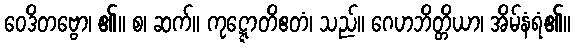
ဝေဒိတဗ္ဗော၊ ၏။ စ၊ ဆက်။ ကုဋ္ဋောတိဧတံ၊ သည်။ ဂေဟဘိတ္တိယာ၊ အိမ်နံရံ၏။